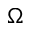
\Omega